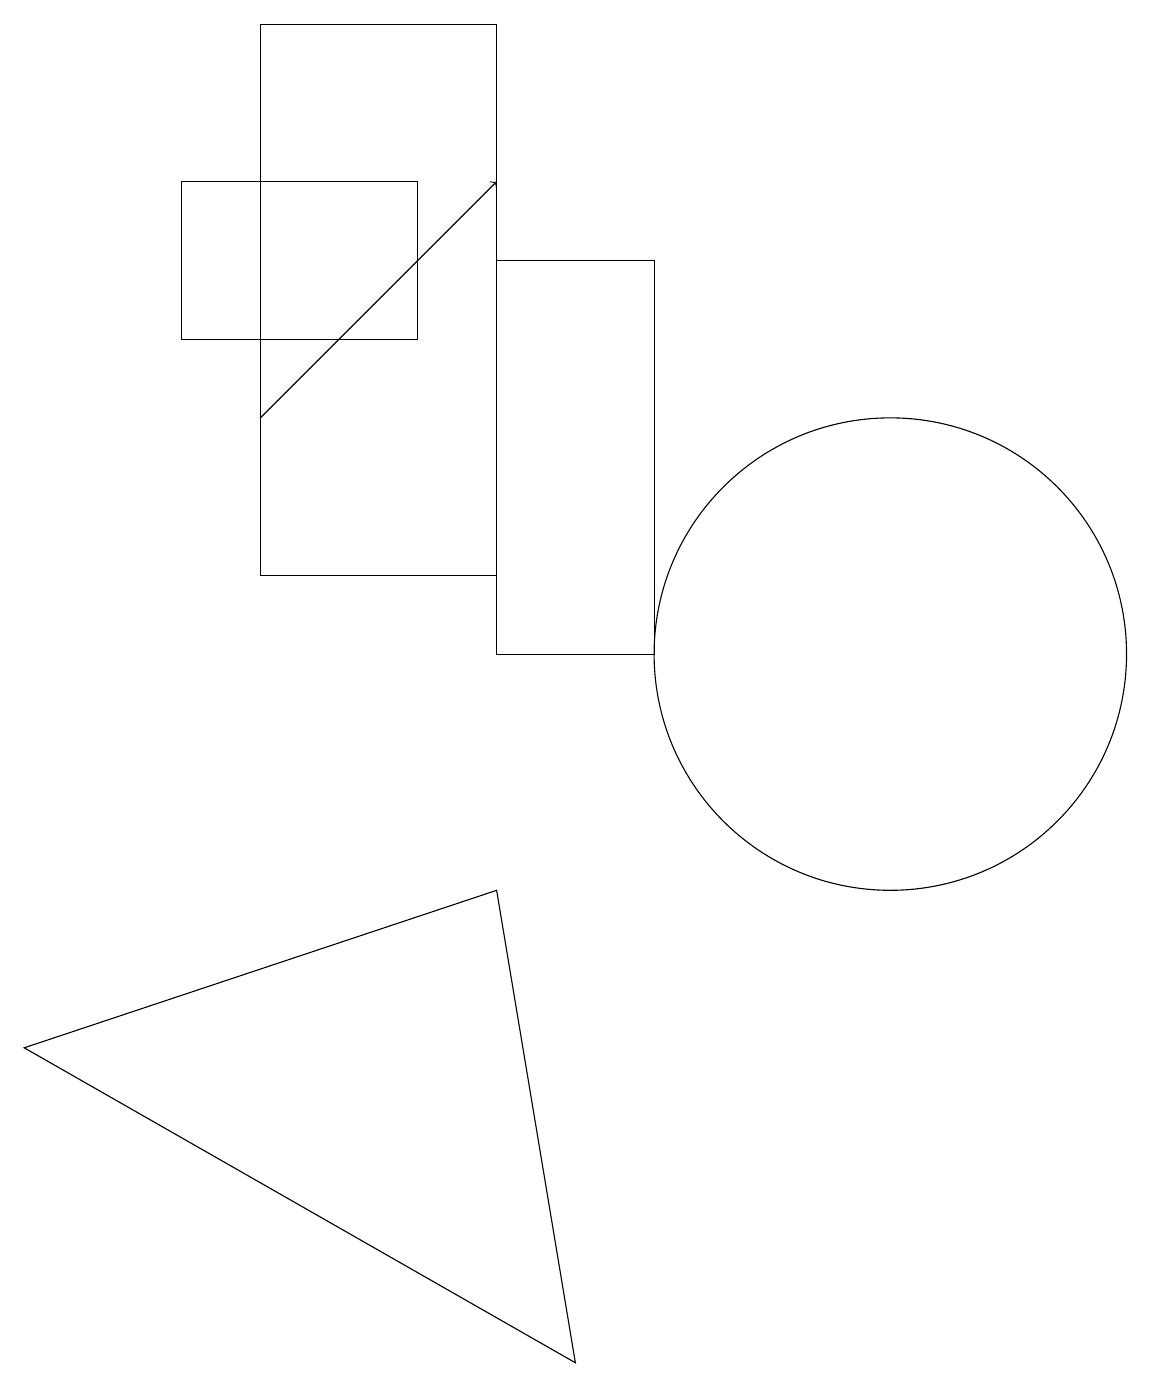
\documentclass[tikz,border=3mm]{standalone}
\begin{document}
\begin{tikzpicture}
\draw (2,16) rectangle (5,14);
\draw[->] (3,13) -- (6,16);
\draw (11,10) circle (3);
\draw (6,7) -- (7,1) -- (0,5) -- cycle;
\draw (3,18) rectangle (6,11);
\draw (8,15) rectangle (6,10);
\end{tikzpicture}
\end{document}